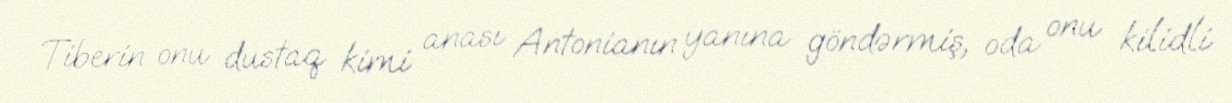
Tiberin onu dustaq kimi anası Antonianın yanına göndərmiş, oda onu kilidli